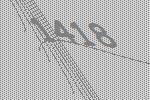
1418